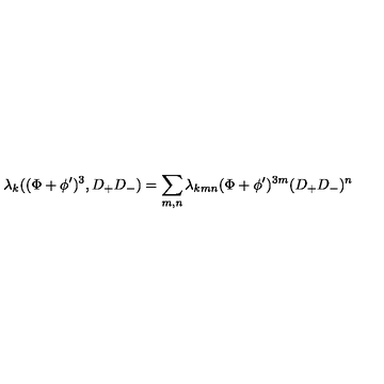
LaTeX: \lambda _ { k } ( ( \Phi + \phi ^ { \prime } ) ^ { 3 } , D _ { + } D _ { - } ) = \sum _ { m , n } \lambda _ { k m n } ( \Phi + \phi ^ { \prime } ) ^ { 3 m } ( D _ { + } D _ { - } ) ^ { n }